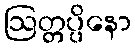
ဩတ္တပ္ပိနော